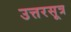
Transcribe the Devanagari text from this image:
उत्तरसूत्र